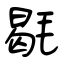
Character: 毼